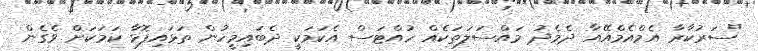
"ސަރުކާރާ އެމްއެމްއޭއާ ދެމެދު މައްސަލަތަކެއް ހުއްޓަސް އެކަމަކީ ދެބައިމީހުން ތަޅައިފޮޅާ ކަމަކަށް ވެގެން